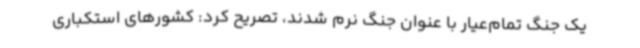
یک جنگ تمام‌عیار با عنوان جنگ نرم شدند، تصریح کرد: کشورهای استکباری